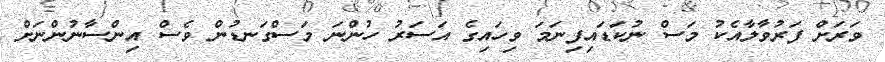
ވަރަށް ފަރުވާލާއެކު މަސް ނުކަޑައިފިނަމަ ވިހައިގެ އަސަރު ހުންނަ މަސްގަނޑުން ވެސް އިންސާނުންނަށް